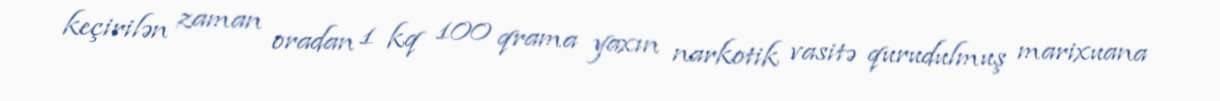
keçirilən zaman oradan 1 kq 100 qrama yaxın narkotik vasitə qurudulmuş marixuana